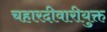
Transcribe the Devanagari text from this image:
चहारदीवारीयुक्त